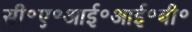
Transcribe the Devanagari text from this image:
सी॰ए॰आई॰आई॰बी॰